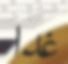
غدا